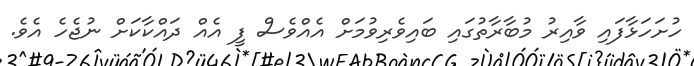
ހުށަހަޅާފައި ވާއިރު މުބާރާތުގައި ބައިވެރިވުމަށް އެއްވެސް ފީ އެއް ދައްކާކަށް ނުޖެހެ އެވެ.